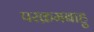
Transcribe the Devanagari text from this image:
परक्रमबाहु